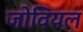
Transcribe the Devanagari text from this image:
जोवियल